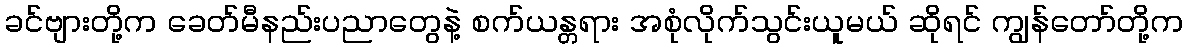
ခင်ဗျားတို့က ခေတ်မီနည်းပညာတွေနဲ့ စက်ယန္တရား အစုံလိုက်သွင်းယူမယ် ဆိုရင် ကျွန်တော်တို့က